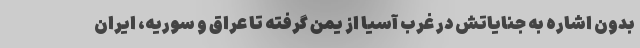
بدون اشاره به جنایاتش در غرب آسیا از یمن گرفته تا عراق و سوریه، ایران